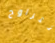
تتراوح